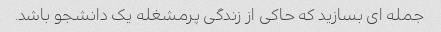
جمله ای بسازید که حاکی از زندگی پرمشغله یک دانشجو باشد.